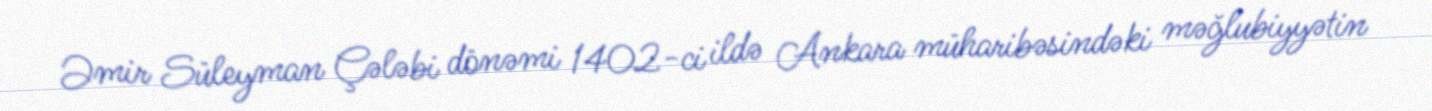
Əmir Süleyman Çələbi dönəmi 1402-ci ildə Ankara müharibəsindəki məğlubiyyətin